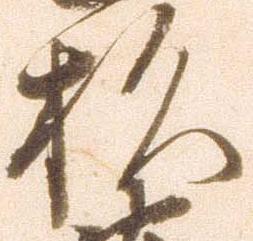
杉